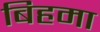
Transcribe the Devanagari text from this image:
बिहमा